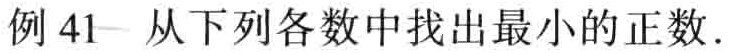
例 41 从下列各数中找出最小的正数.